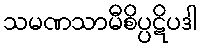
သမဏသာမီစိပ္ပဋိပဒါ